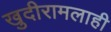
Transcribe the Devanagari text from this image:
खुदीरामलाही